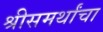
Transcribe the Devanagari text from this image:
श्रीसमर्थांचा